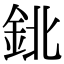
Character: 鉳